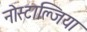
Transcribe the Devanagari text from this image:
नोस्टाल्जिया